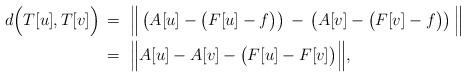
LaTeX: \begin{align*}d\Big( T[u],T[v] \Big) \, &=\ \Big\| \left(A[u]-\big(F[u]-f \big) \right) \, -\, \left(A[v]-\big(F[v]-f \big) \right) \Big\| \\ &=\ \Big\| A[u] -A[v] -\big(F[u] - F[v]\big) \Big\|, \end{align*}